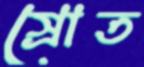
স্রোত